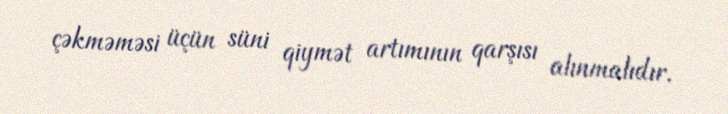
çəkməməsi üçün süni qiymət artımının qarşısı alınmalıdır.